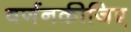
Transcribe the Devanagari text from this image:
वर्णनकीजिए